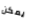
يمكن